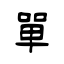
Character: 單